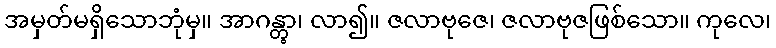
အမှတ်မရှိသောဘုံမှ။ အာဂန္တွာ၊ လာ၍။ ဇလာဗုဇေ၊ ဇလာဗုဇဖြစ်သော။ ကုလေ၊